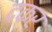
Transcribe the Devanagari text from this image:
दकर